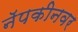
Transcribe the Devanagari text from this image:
नॅपकीनवर